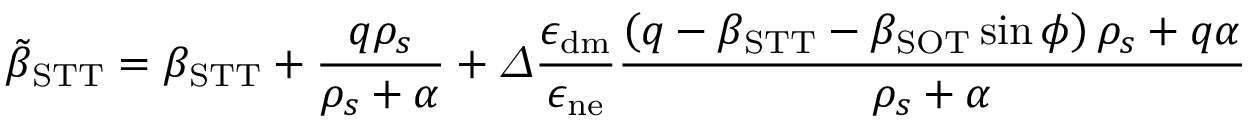
\tilde { \beta } _ { \mathrm { S T T } } = \beta _ { \mathrm { S T T } } + \frac { q \rho _ { s } } { \rho _ { s } + \alpha } + \varDelta \frac { \epsilon _ { \mathrm { d m } } } { \epsilon _ { \mathrm { n e } } } \frac { \left( q - \beta _ { \mathrm { S T T } } - \beta _ { \mathrm { S O T } } \sin \phi \right) \rho _ { s } + q \alpha } { \rho _ { s } + \alpha }